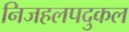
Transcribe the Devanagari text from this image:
निजहलपदुकल